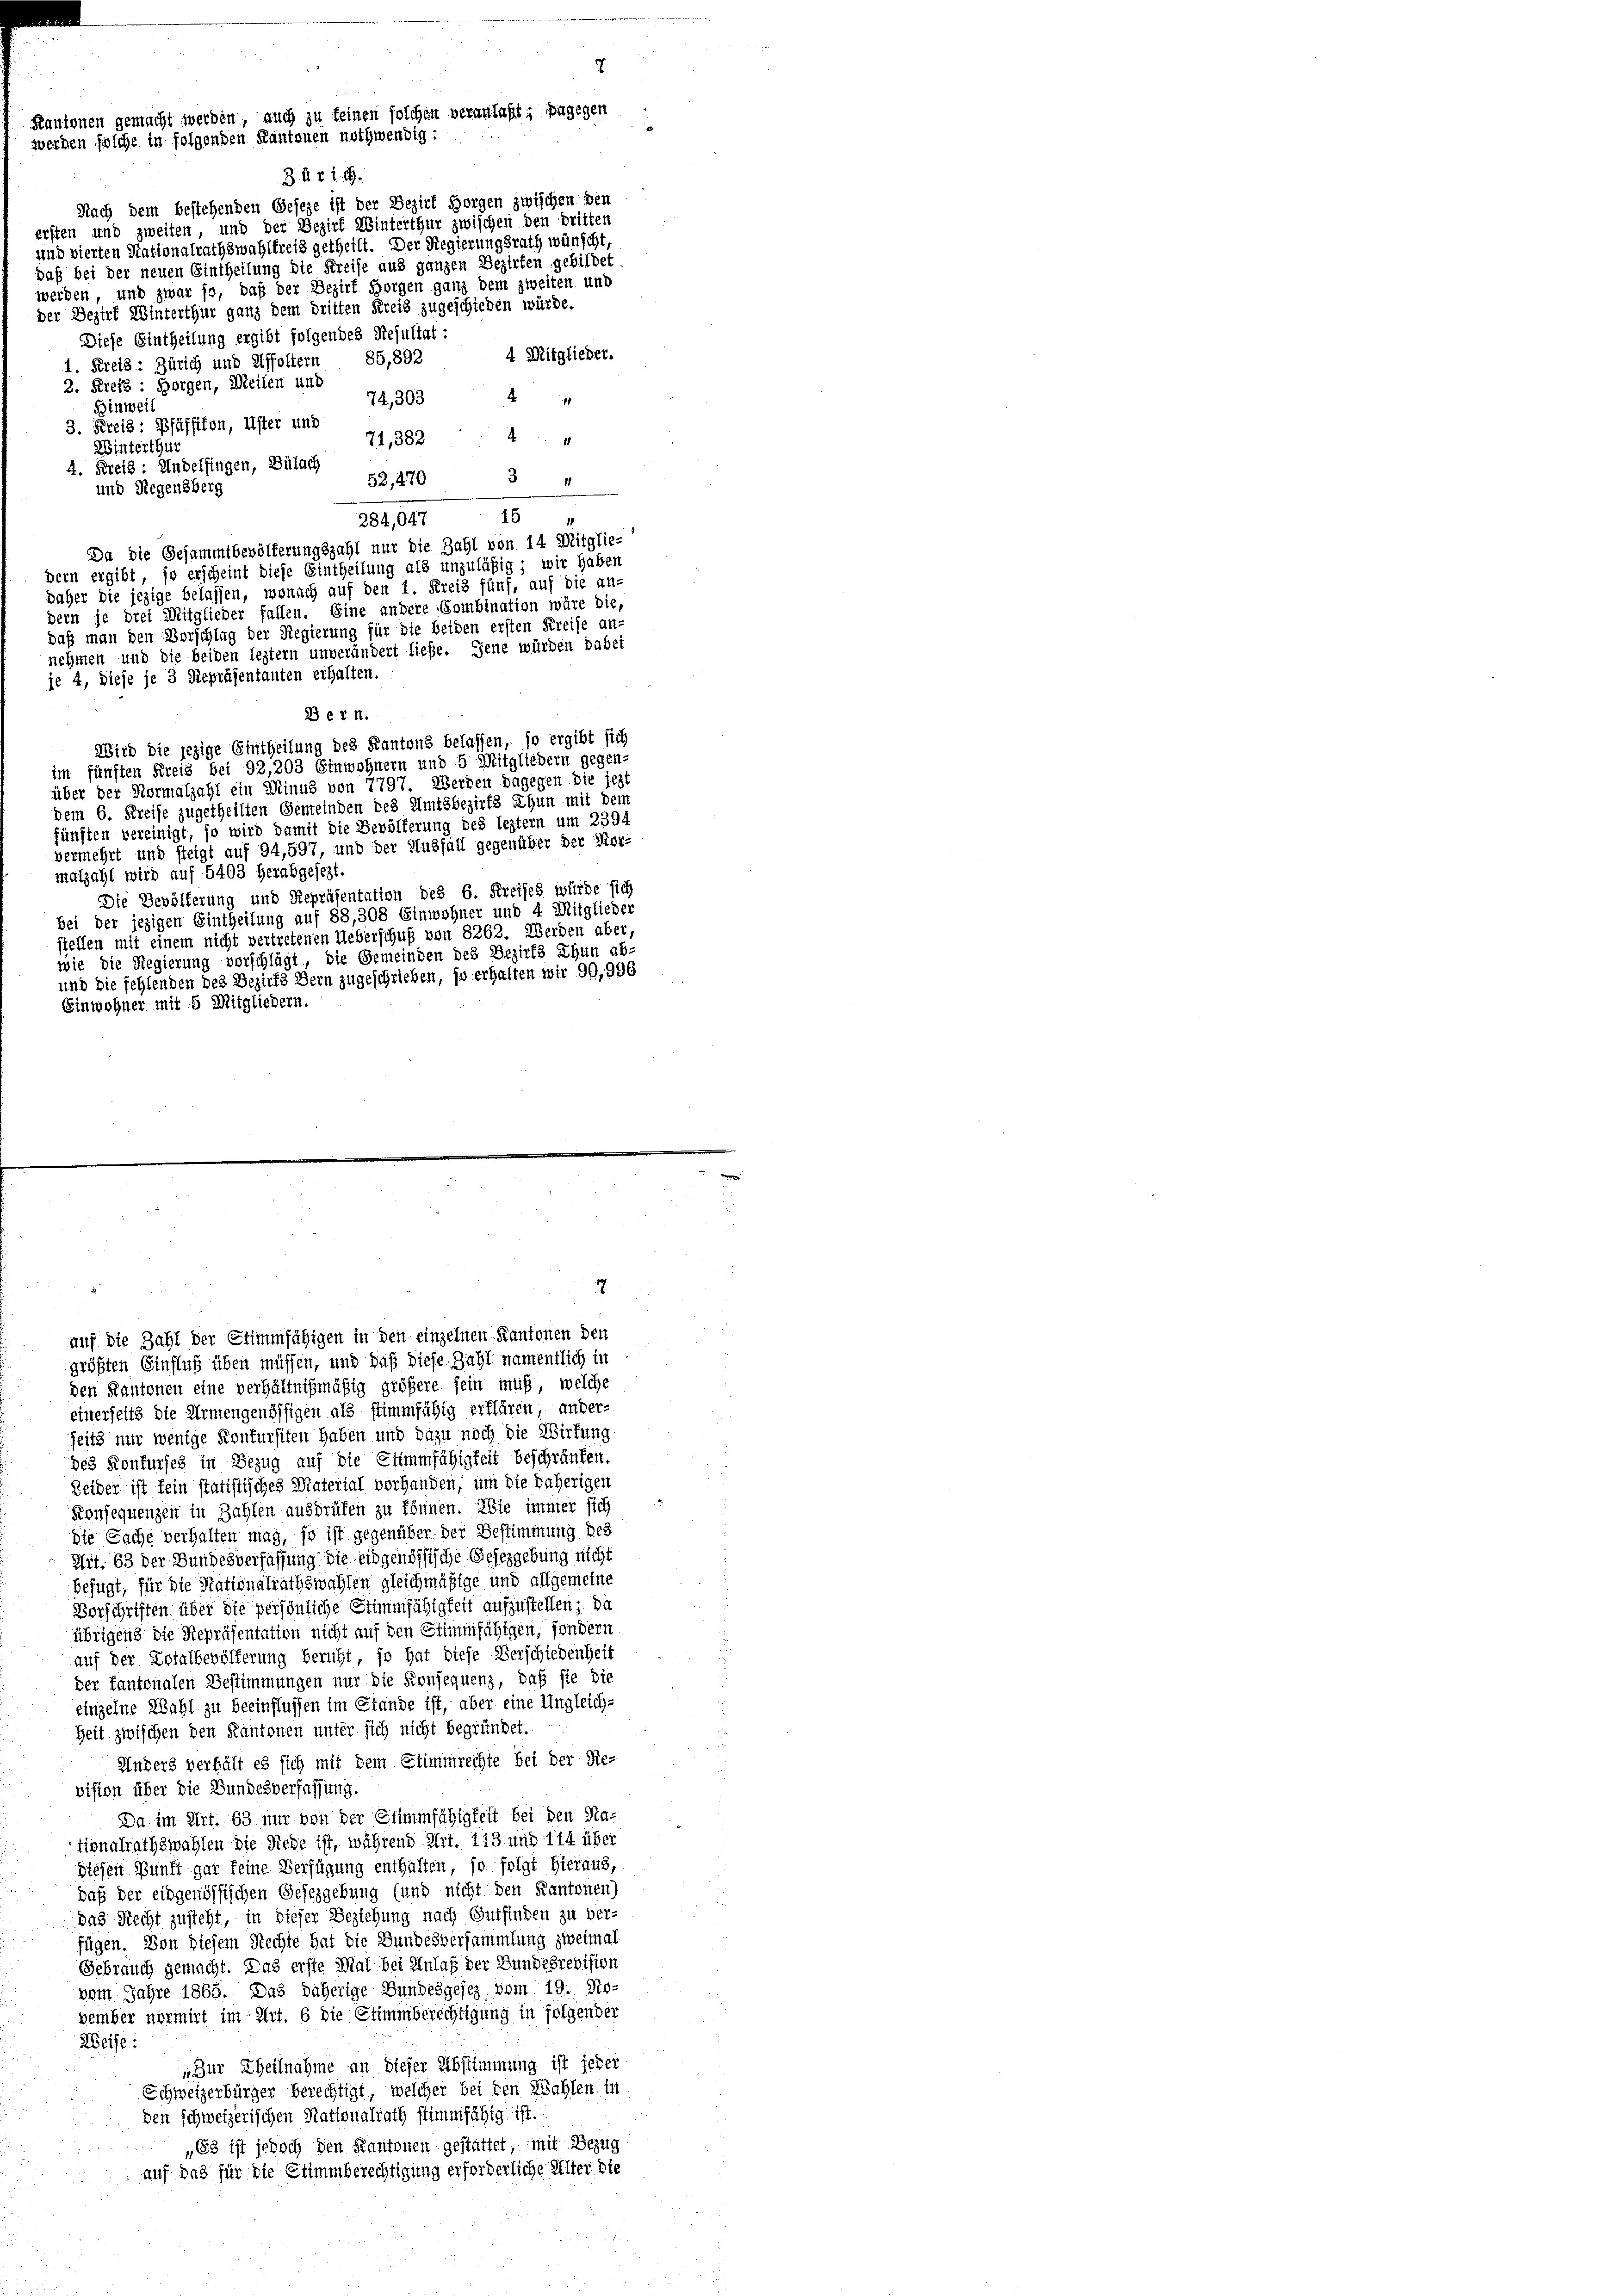
werden solche in folgenden Kantonen nothwendig:

Nach dem bestehenden Geseze ist der Bezirk Horgen zwischen den
erften und zweiten, und der Bezirk Winterthur zwischen den dritten
und vierten Stationalrathswahlfreis getheilt. Der Regierungsrath wünscht,
daß bei der neuen Eintheilung die Kreise aus ganzen Bezirken gebildet
werden, und zwar so, daß der Bezirk Horgen ganz dem zweiten und
der Bezirk Winterthur ganz dem dritten Kreis zugeschieden würde.
Diese Eintheilung ergibt folgendes Resultat:
4 Mitglieder.
1. Kreis: Zürich und Affoltern 85,892
2. Kreis: Horgen, Meilen und
74,303 4 "
Binweis
3. Kreis: Pfäffikon, Uster und 71, 382. 44
Winterthur
2. Kreis: Andelfingen, Bülach 12470 3 "
und Regensberg
15
284,047
Da die Gesammtbevölferungszahl nur die Zahl von 14 Mitglie-
dern ergibt, so erscheint diese Eintheilung als unzuläßig; wir haben
daher die jezige belassen, wonach auf den 1. Kreis fünf, auf die an-
dern je drei Mitglieder fallen. Eine andere Combination wäre die,
daß man den Vorschlag der Regierung für die beiden ersten Kreise annehmen und die beiden leztern unverändert liefe. Jene würden dabei
je 4, diese je 3 Repräsentanten erhalten
Bern.
Wird die jezige Eintheilung des Kantons belassen, so ergibt sich
im fünften Kreis bei 92,203 Einwohnern und 5 Mitgliedern gegen-
über der Normalzahl ein Minus von 7797. Werden dagegen die jezt
dem 6. Kreise zugetheilten Gemeinden des Amtsbezirks thun mit dem
fünften vereinigt, so wird damit die Bevölkerung des leztern um 2394
vermehrt und steigt auf 94,597, und der Ausfall gegenüber der Kor-
malzahl wird auf 5403 herabgesezt.
Die Bevölferung und Repräsentation des 6. Kreises würde sich
bei der jezigen Eintheilung auf 88, 308 Einwohner und 4 Mitglieder
stellen mit einem nicht vertretenen Ueberschuß von 8262. Werden aber,
wie die Regierung vorschlägt, die Gemeinden des Bezirks Thun ab-
und die fehlenden des Bezirks Bern zugeschrieben, so erhalten wir 90,996
Einwohner mit 5 Mitgliedern.

B. Art. 19.

7

auf die Zahl der Stimmfähigen in den einzelnen Kantonen den
größten Einfluß üben müssen, und daß diese Zahl namentlich in
den Kantonen eine verhältnißmäßig größere fein muß, welche
einerseits die Armengenössigen als stimmfähig erklären, ander-
feiss nur wenige Konkursiten haben und dazu noch die Wirkung
des Konfurses in Bezug auf die Stimmfähigkeit beschränken.
Leider ist fein statistisches Material vorhanden, um die daherigen
Konsequenzen in Zahlen ausdrüfen zu können. Wie immer sich
die Sache verhalten mag, so ist gegenüber der Bestimmung des
Art. 63 der Bundesverfassung die eidgenössische Gesezgebung nicht
Befugt, für die Stationalrathswahlen gleichmäßige und allgemeine
Verschriften über die persönliche Stimmfähigkeit aufzustellen; da
übrigens die Repräsentation nicht auf den Stimmfähigen, sondern
auf der Zufalbevölferung beruht, so hat diese Verschiedenheit
der kantonalen Bestimmungen nur die Konsequenz, daß sie die
einzelne Wahl zu beeinflussen im Stande ist, aber eine Ungleich-
Zeit zwischen den Kantonen unter sich nicht begründet.
Anders verhält es sich mit dem Stimmrechte bei der Re-
vision über die Bundesverfassung.
Da im Art. 63 nur von der Stimmfähigkeit bei den Na-
tionalrathswahlen die Siebe ist, während Art. 113 und 114 über
Siehen Bunft gar keine Verfügung enthalten, so folgt hieraus,
daß der eidgenössischen Gesezgebung (und nicht den Kantonen)
das Recht zusteht, in dieser Beziehung nach Gutfinden zu ver-
fügen. Von Diesem Rechte hat die Bundesversammlung zweimal
Gebrauch gemacht. Das erste Mal bei Anlaß der Bundesrevision
vom Jahre 1865. Das daherige Bundesgesez vom 19. No-
vember normirt im Art. 6 die Stimmberechtigung in folgender
Weise.
„Zur Theilnahme an dieser Abstimmung ist jeder
Schweizerbürger berechtigt, welcher bei den Wahlen in
den schweizerischen Rationalrath stimmfähig ist.
„Es ist jedoch den Kantonen gestattet, mit Bezug
auf das für die Stimmberechtigung erforderliche Alter die

Kantonen gemacht werden, auch zu feinen solchen veranlaßt; dagegen

7